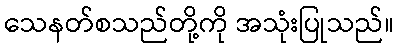
သေနတ်စသည်တို့ကို အသုံးပြုသည်။